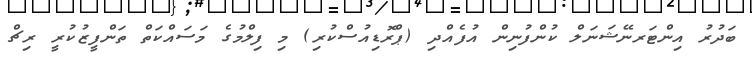
ބަދުރު އިންޓަރނޭޝަނަލް ކުންފުނިން އުފެއްދި (ޕްރޮޑިއުސްކުރި) މި ފިލްމުގެ މަސައްކަތް ތަންފީޒުކުރީ ރިޗް